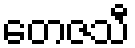
တေဇသီ